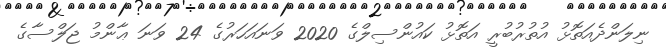
ނިލަންދެއަތޮޅު އުތުރުބުރީ އަތޮޅު ކައުންސިލްގެ 2020 ވަނައަހަރުގެ 24 ވަނަ ޢާންމު ޖަލްސާގެ